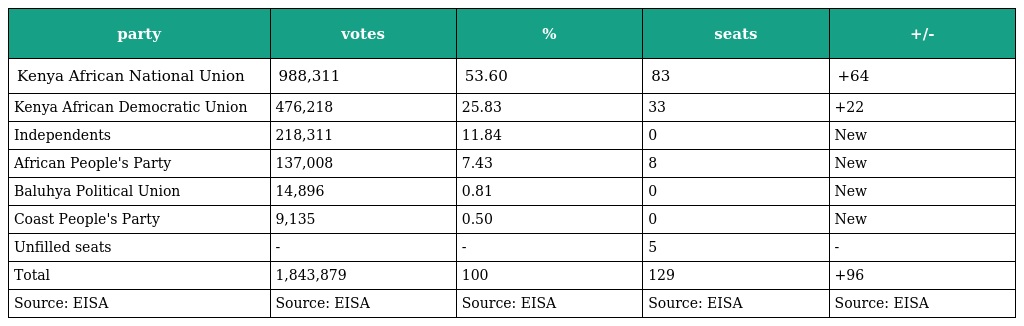
| party | votes | % | seats | +/- |
 | --- | --- | --- | --- | --- |
 | Kenya African National Union | 988,311 | 53.60 | 83 | +64 |
 | Kenya African Democratic Union | 476,218 | 25.83 | 33 | +22 |
 | Independents | 218,311 | 11.84 | 0 | New |
 | African People's Party | 137,008 | 7.43 | 8 | New |
 | Baluhya Political Union | 14,896 | 0.81 | 0 | New |
 | Coast People's Party | 9,135 | 0.50 | 0 | New |
 | Unfilled seats | - | - | 5 | - |
 | Total | 1,843,879 | 100 | 129 | +96 |
 | Source: EISA | Source: EISA | Source: EISA | Source: EISA | Source: EISA |